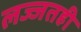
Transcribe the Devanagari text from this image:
लज्जतही